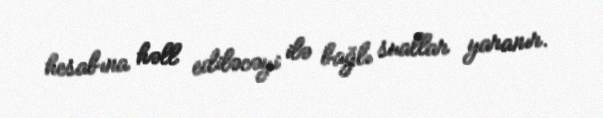
hesabına həll ediləcəyi ilə bağlı suallar yaranır.